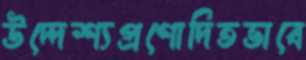
উদ্দেশ্যপ্রণোদিতভাবে